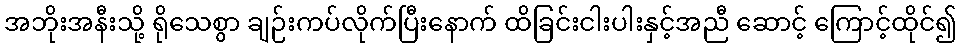
အဘိုးအနီးသို့ ရိုသေစွာ ချဉ်းကပ်လိုက်ပြီးနောက် ထိခြင်းငါးပါးနှင့်အညီ ဆောင့် ကြောင့်ထိုင်၍